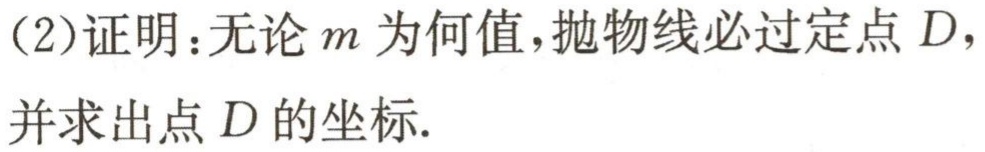
(2)证明：无论\(m\)为何值，抛物线必过定点\(D\)，并求出点\(D\)的坐标.